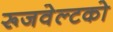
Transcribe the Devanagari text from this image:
रूजवेल्टको